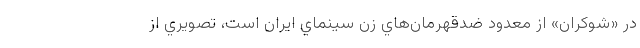
در «شوکران» از معدود ضدقهرمان‌هاي زنِ سينماي ايران است، تصويري از